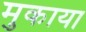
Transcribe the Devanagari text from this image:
मुकाया